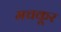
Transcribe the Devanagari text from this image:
मचकूर